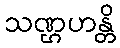
သဏ္ဌဟန္တိ